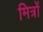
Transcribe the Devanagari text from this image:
मित्रोंं